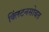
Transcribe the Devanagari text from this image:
क्लिंटनसोबत